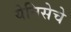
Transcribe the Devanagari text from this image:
येनिसेचे